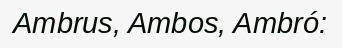
Ambrus, Ambos, Ambró: